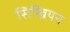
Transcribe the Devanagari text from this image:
सिम्ब्रियन